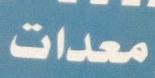
معدات